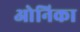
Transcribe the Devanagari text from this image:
ओनिका